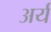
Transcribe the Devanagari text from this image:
अर्य